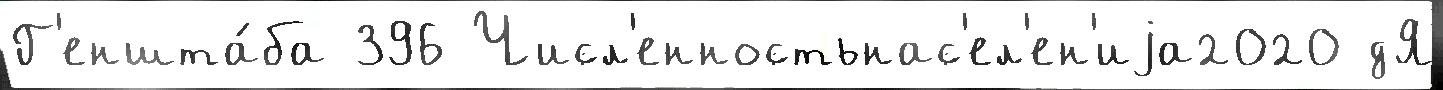
Г'еншта́ба 396 Числ'енностьнас'ел'ен'иjа2020 дЯ